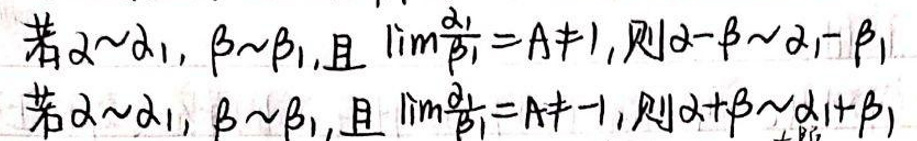
若$\alpha\sim\alpha_1$, $\beta\sim\beta_1$, 且$\lim\frac{\alpha_1}{\beta_1}=A\neq1$, 则$\alpha - \beta\sim\alpha_1-\beta_1$; 若$\alpha\sim\alpha_1$, $\beta\sim\beta_1$, 且$\lim\frac{\alpha_1}{\beta_1}=A\neq - 1$, 则$\alpha+\beta\sim\alpha_1+\beta_1$